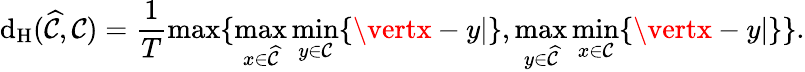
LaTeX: \mathrm{d}_{\mathrm{{H}}}(\widehat{{\mathcal{{C}}}},\mathcal{{C}})=\frac{{1}}{{T}}\operatorname*{max}\{ \operatorname*{max}_{x\in{\widehat{{\mathcal{{C}}}}}}\operatorname*{min}_{y\in{\mathcal{{C}}}}\{ \vertx-y\vert\} ,\operatorname*{max}_{y\in{\widehat{{\mathcal{{C}}}}}}\operatorname*{min}_{x\in{\mathcal{{C}}}}\{ \vertx-y\vert\} \} .